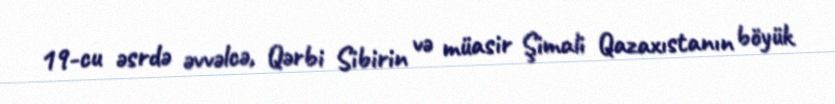
19-cu əsrdə əvvəlcə, Qərbi Sibirin və müasir Şimali Qazaxıstanın böyük